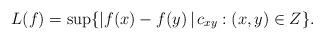
LaTeX: \begin{gather*}L(f)=\sup\{|f(x)-f(y)\,|\, c_{xy}: (x,y) \in Z\}.\end{gather*}